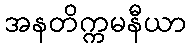
အနတိက္ကမနီယာ